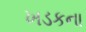
ખડકના